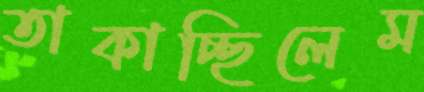
তাকাচ্ছিলেম